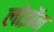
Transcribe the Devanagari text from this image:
लोझॅन